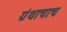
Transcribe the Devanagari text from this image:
ग्रंथाचाच